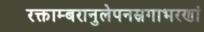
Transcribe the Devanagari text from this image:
रक्ताम्बरानुलेपनस्रगाभरणां